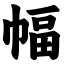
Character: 幅